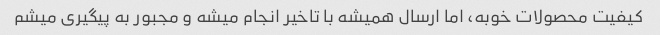
کیفیت محصولات خوبه، اما ارسال همیشه با تاخیر انجام میشه و مجبور به پیگیری میشم